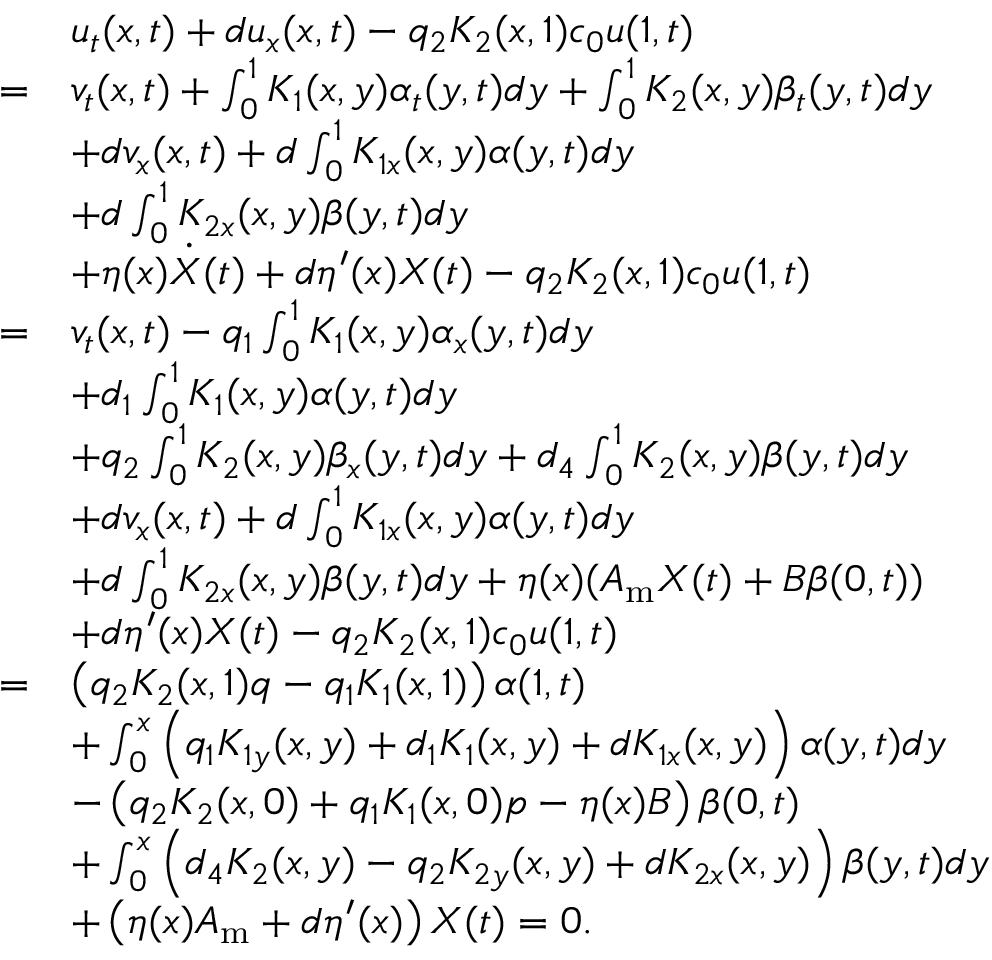
\begin{array} { r l } & { u _ { t } ( x , t ) + d u _ { x } ( x , t ) - q _ { 2 } K _ { 2 } ( x , 1 ) c _ { 0 } u ( 1 , t ) } \\ { = } & { v _ { t } ( x , t ) + \int _ { 0 } ^ { 1 } K _ { 1 } ( x , y ) \alpha _ { t } ( y , t ) d y + \int _ { 0 } ^ { 1 } K _ { 2 } ( x , y ) \beta _ { t } ( y , t ) d y } \\ & { + d v _ { x } ( x , t ) + d \int _ { 0 } ^ { 1 } K _ { 1 x } ( x , y ) \alpha ( y , t ) d y } \\ & { + d \int _ { 0 } ^ { 1 } K _ { 2 x } ( x , y ) \beta ( y , t ) d y } \\ & { + \eta ( x ) \dot { X } ( t ) + d \eta ^ { \prime } ( x ) { X } ( t ) - q _ { 2 } K _ { 2 } ( x , 1 ) c _ { 0 } u ( 1 , t ) } \\ { = } & { v _ { t } ( x , t ) - q _ { 1 } \int _ { 0 } ^ { 1 } K _ { 1 } ( x , y ) \alpha _ { x } ( y , t ) d y } \\ & { + d _ { 1 } \int _ { 0 } ^ { 1 } K _ { 1 } ( x , y ) \alpha ( y , t ) d y } \\ & { + q _ { 2 } \int _ { 0 } ^ { 1 } K _ { 2 } ( x , y ) \beta _ { x } ( y , t ) d y + d _ { 4 } \int _ { 0 } ^ { 1 } K _ { 2 } ( x , y ) \beta ( y , t ) d y } \\ & { + d v _ { x } ( x , t ) + d \int _ { 0 } ^ { 1 } K _ { 1 x } ( x , y ) \alpha ( y , t ) d y } \\ & { + d \int _ { 0 } ^ { 1 } K _ { 2 x } ( x , y ) \beta ( y , t ) d y + \eta ( x ) ( A _ { \mathrm { m } } { X } ( t ) + B \beta ( 0 , t ) ) } \\ & { + d \eta ^ { \prime } ( x ) { X } ( t ) - q _ { 2 } K _ { 2 } ( x , 1 ) c _ { 0 } u ( 1 , t ) } \\ { = } & { \left( q _ { 2 } K _ { 2 } ( x , 1 ) q - q _ { 1 } K _ { 1 } ( x , 1 ) \right) \alpha ( 1 , t ) } \\ & { + \int _ { 0 } ^ { x } \left( q _ { 1 } K _ { 1 y } ( x , y ) + d _ { 1 } K _ { 1 } ( x , y ) + d K _ { 1 x } ( x , y ) \right) \alpha ( y , t ) d y } \\ & { - \left( q _ { 2 } K _ { 2 } ( x , 0 ) + q _ { 1 } K _ { 1 } ( x , 0 ) p - \eta ( x ) B \right) \beta ( 0 , t ) } \\ & { + \int _ { 0 } ^ { x } \left( d _ { 4 } K _ { 2 } ( x , y ) - q _ { 2 } K _ { 2 y } ( x , y ) + d K _ { 2 x } ( x , y ) \right) \beta ( y , t ) d y } \\ & { + \left( \eta ( x ) A _ { \mathrm { m } } + d \eta ^ { \prime } ( x ) \right) { X } ( t ) = 0 . } \end{array}